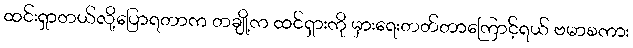
ထင်းရှာတယ်လို့ပြောရတာက တချို့က ထင်ရှားကို မှားရေးတတ်တာကြောင့်ရယ် ဗမာစကား